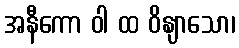
အနီကော ဝါ ထ ဝိနျာသော၊